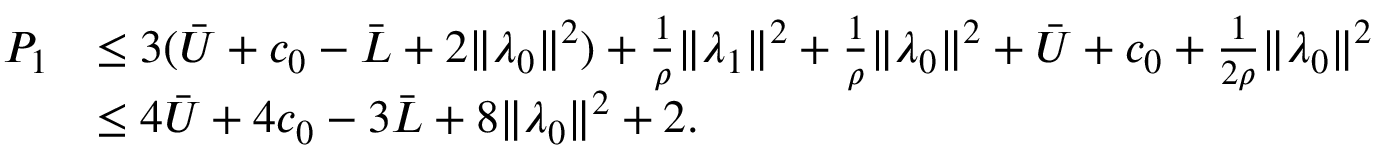
\begin{array} { r l } { P _ { 1 } } & { \leq 3 ( \bar { U } + c _ { 0 } - \bar { L } + 2 \| \lambda _ { 0 } \| ^ { 2 } ) + \frac { 1 } { \rho } \| \lambda _ { 1 } \| ^ { 2 } + \frac { 1 } { \rho } \| \lambda _ { 0 } \| ^ { 2 } + \bar { U } + c _ { 0 } + \frac { 1 } { 2 \rho } \| \lambda _ { 0 } \| ^ { 2 } } \\ & { \leq 4 \bar { U } + 4 c _ { 0 } - 3 \bar { L } + 8 \| \lambda _ { 0 } \| ^ { 2 } + 2 . } \end{array}